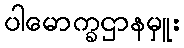
ပါမောက္ခဌာနမှူး